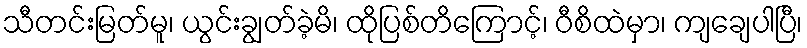
သီတင်းမြတ်မူ၊ ယွင်းချွတ်ခဲ့မိ၊ ထိုပြစ်တိကြောင့်၊ ဝီစိထဲမှာ၊ ကျချေပါပြီ၊